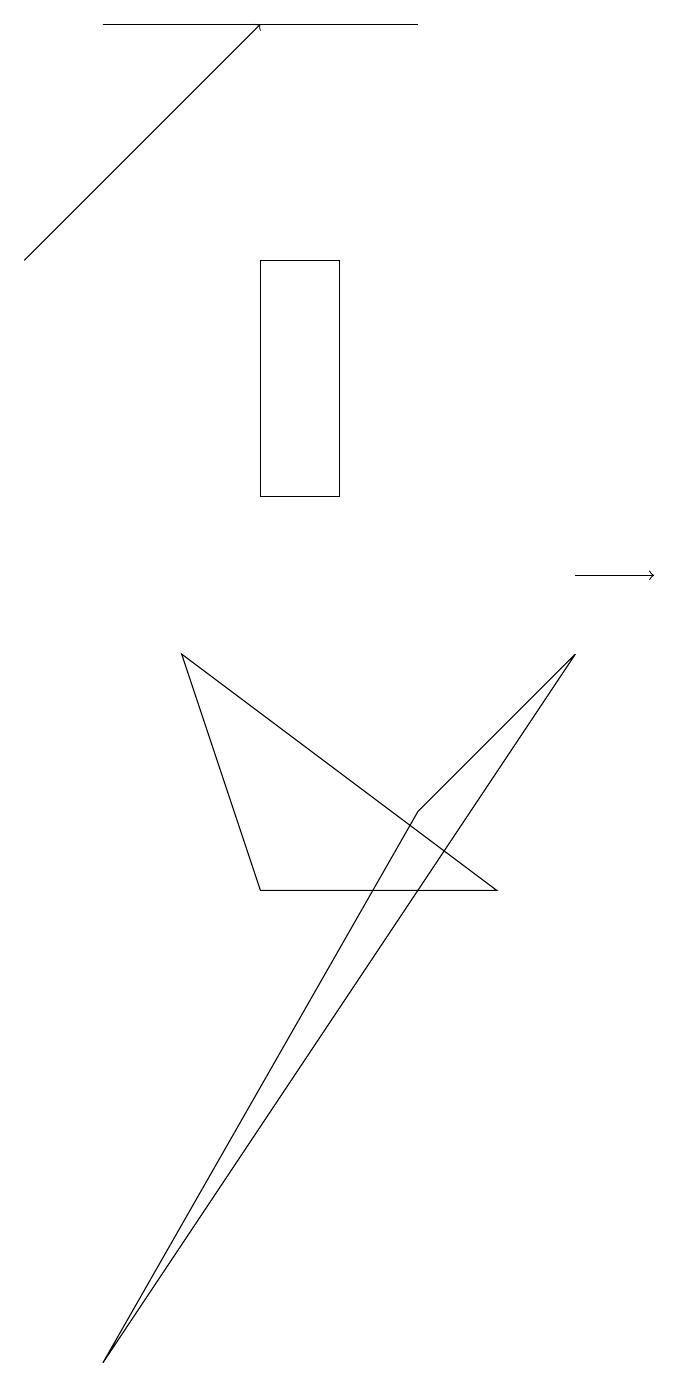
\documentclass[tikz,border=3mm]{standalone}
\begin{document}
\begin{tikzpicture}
\draw (5,7) -- (7,9) -- (1,0) -- cycle;
\draw (6,6) -- (3,6) -- (2,9) -- cycle;
\draw[->] (7,10) -- (8,10);
\draw (5,17) rectangle (1,17);
\draw (4,14) rectangle (3,11);
\draw[->] (0,14) -- (3,17);
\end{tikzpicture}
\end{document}